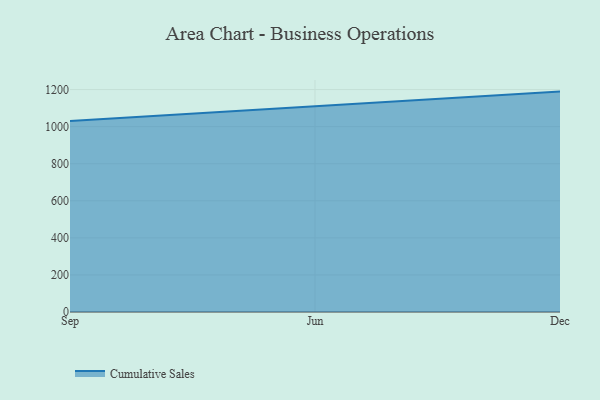
{"axis": {"x": "Month", "y": "Revenue (USD Million)"}, "legend": ["Cumulative Sales"], "data": [{"x": "Sep", "y": 1030.3, "type": "Cumulative Sales"}, {"x": "Jun", "y": 1107.8, "type": "Cumulative Sales"}, {"x": "Dec", "y": 1189.0, "type": "Cumulative Sales"}]}